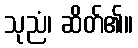
သုညံ၊ ဆိတ်၏။